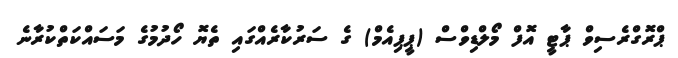
ޕްރޮގްރެސިވް ޕާޓީ އޮފް މޯލްޑިވްސް (ޕީޕިއެމް) ގެ ސަރުކާރެއްގައި ތެޔޮ ހޯދުމުގެ މަސައްކަތްކުރާނެ